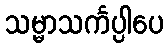
သမ္မာသင်္ကပ္ပါပေ